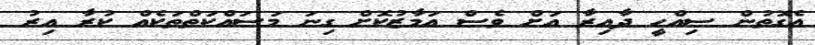
އެގޮތުން ސިއްހީ ދާއިރާ އަށް ވެސް އަމާޒުކޮށް ގިނަ މަސައްކަތްތަކެއް ކުރާ އިރު